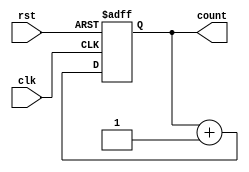
module cascaded_counter(
    input wire clk,
    input wire rst,
    output reg [7:0] count
);

reg [7:0] count_internal;

always @(posedge clk or posedge rst) begin
    if (rst) begin
        count_internal <= 8'b0;
    end else begin
        count_internal <= count_internal + 1;
    end
end

assign count = count_internal;

endmodule